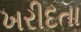
ખરીદતા